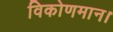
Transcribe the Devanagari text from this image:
विकोणमान।